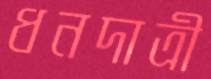
ধনদাত্রী